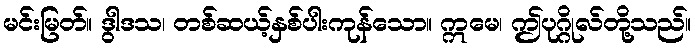
မင်းမြတ်။ ဒွါဒသ၊ တစ်ဆယ့်နှစ်ပါးကုန်သော။ ဣမေ၊ ဤပုဂ္ဂိုလ်တို့သည်။